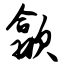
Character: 歙